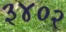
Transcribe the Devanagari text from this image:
३४०२